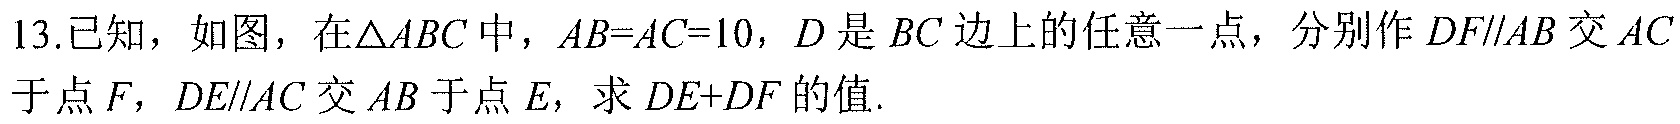
13.已知，如图，在\(\triangle ABC\)中，\(AB = AC = 10\)，\(D\)是\(BC\)边上的任意一点，分别作\(DF\parallel AB\)交\(AC\)于点\(F\)，\(DE\parallel AC\)交\(AB\)于点\(E\)，求\(DE + DF\)的值.